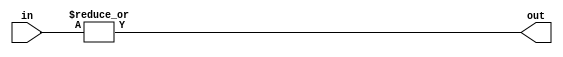
module or_gate(
  input [31:0] in,
  output out
);

assign out = |in;

endmodule